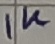
Text: 1K